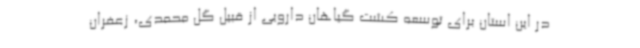
در این استان برای توسعه کشت گیاهان دارویی از قبیل گل محمدی، زعفران